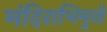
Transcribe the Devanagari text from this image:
मंदिराभिमुखे